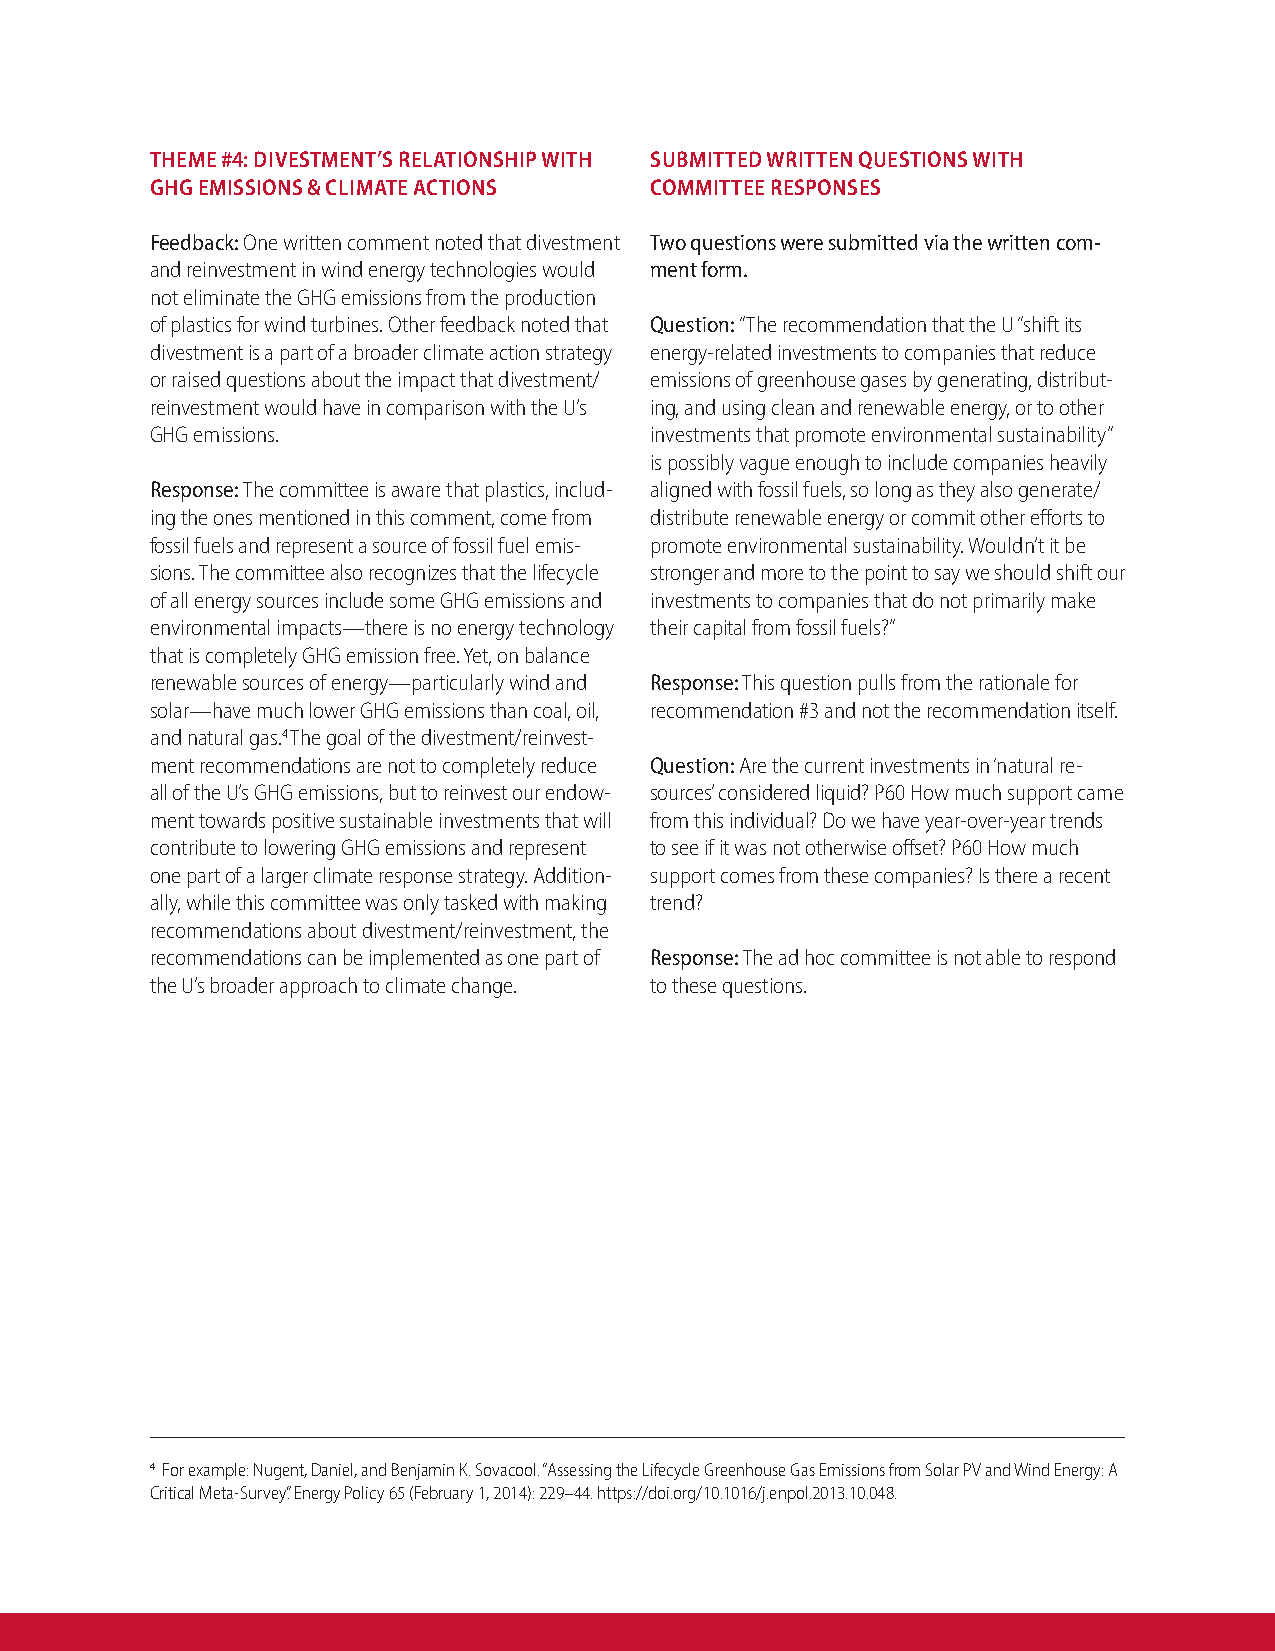
THEME #4: DIVESTMENT’S RELATIONSHIP WITH SUBMITTED WRITTEN QUESTIONS WITH
 GHG EMISSIONS & CLIMATE ACTIONS  COMMITTEE RESPONSES
 Feedback: One written comment noted that divestment Two questions were submitted via the written com-
 and reinvestment in wind energy technologies would ment form.
 not eliminate the GHG emissions from the production
 of plastics for wind turbines. Other feedback noted that Question: “The recommendation that the U “shift its
 divestment is a part of a broader climate action strategy energy-related investments to companies that reduce
 or raised questions about the impact that divestment/ emissions of greenhouse gases by generating, distribut-
 reinvestment would have in comparison with the U’s ing, and using clean and renewable energy, or to other
 GHG emissions.                   investments that promote environmental sustainability”
 is possibly vague enough to include companies heavily
 Response: The committee is aware that plastics, includ- aligned with fossil fuels, so long as they also generate/
 ing the ones mentioned in this comment, come from distribute renewable energy or commit other efforts to
 fossil fuels and represent a source of fossil fuel emis- promote environmental sustainability. Wouldn’t it be
 sions. The committee also recognizes that the lifecycle stronger and more to the point to say we should shift our
 of all energy sources include some GHG emissions and investments to companies that do not primarily make
 environmental impacts—there is no energy technology their capital from fossil fuels?”
 that is completely GHG emission free. Yet, on balance
 renewable sources of energy—particularly wind and Response: This question pulls from the rationale for
 solar—have much lower GHG emissions than coal, oil, recommendation #3 and not the recommendation itself.
 and natural gas.4 The goal of the divestment/reinvest-
 ment recommendations are not to completely reduce Question: Are the current investments in ‘natural re-
 all of the U’s GHG emissions, but to reinvest our endow- sources’ considered liquid? P60 How much support came
 ment towards positive sustainable investments that will from this individual? Do we have year-over-year trends
 contribute to lowering GHG emissions and represent to see if it was not otherwise offset? P60 How much
 one part of a larger climate response strategy. Addition- support comes from these companies? Is there a recent
 ally, while this committee was only tasked with making trend?
 recommendations about divestment/reinvestment, the
 recommendations can be implemented as one part of Response: The ad hoc committee is not able to respond
 the U’s broader approach to climate change. to these questions.
 4 For example: Nugent, Daniel, and Benjamin K. Sovacool. “Assessing the Lifecycle Greenhouse Gas Emissions from Solar PV and Wind Energy: A
 Critical Meta-Survey.” Energy Policy 65 (February 1, 2014): 229–44. https://doi.org/10.1016/j.enpol.2013.10.048.